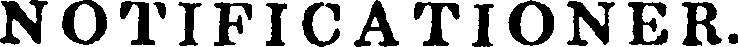
NOTIFICATIONER.